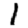
Digit: 1